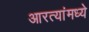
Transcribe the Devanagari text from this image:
आरत्यांमध्ये